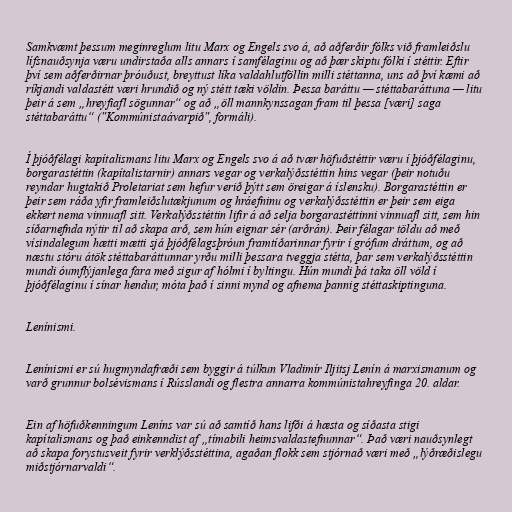
Samkvæmt þessum meginreglum litu Marx og Engels svo á, að aðferðir fólks við framleiðslu
lífsnauðsynja væru undirstaða alls annars í samfélaginu og að þær skiptu fólki í stéttir. Eftir
því sem aðferðirnar þróuðust, breyttust líka valdahlutföllin milli stéttanna, uns að því kæmi að
ríkjandi valdastétt væri hrundið og ný stétt tæki völdin. Þessa baráttu — stéttabaráttuna — litu
þeir á sem „hreyfiafl sögunnar“ og að „öll mannkynssagan fram til þessa [væri] saga
stéttabaráttu“ ("Kommúnistaávarpið", formáli).

Í þjóðfélagi kapítalismans litu Marx og Engels svo á að tvær höfuðstéttir væru í þjóðfélaginu,
borgarastéttin (kapítalistarnir) annars vegar og verkalýðsstéttin hins vegar (þeir notuðu
reyndar hugtakið Proletariat sem hefur verið þýtt sem öreigar á íslensku). Borgarastéttin er
þeir sem ráða yfir framleiðslutækjunum og hráefninu og verkalýðsstéttin er þeir sem eiga
ekkert nema vinnuafl sitt. Verkalýðsstéttin lifir á að selja borgarastéttinni vinnuafl sitt, sem hin
síðarnefnda nýtir til að skapa arð, sem hún eignar sér (arðrán). Þeir félagar töldu að með
vísindalegum hætti mætti sjá þjóðfélagsþróun framtíðarinnar fyrir í grófum dráttum, og að
næstu stóru átök stéttabaráttunnar yrðu milli þessara tveggja stétta, þar sem verkalýðsstéttin
mundi óumflýjanlega fara með sigur af hólmi í byltingu. Hún mundi þá taka öll völd í
þjóðfélaginu í sínar hendur, móta það í sinni mynd og afnema þannig stéttaskiptinguna.

Lenínismi.

Lenínismi er sú hugmyndafræði sem byggir á túlkun Vladimír Iljitsj Lenín á marxismanum og
varð grunnur bolsévismans í Rússlandi og flestra annarra kommúnistahreyfinga 20. aldar.

Ein af höfuðkenningum Leníns var sú að samtíð hans lifði á hæsta og síðasta stigi
kapítalismans og það einkenndist af „tímabili heimsvaldastefnunnar“. Það væri nauðsynlegt
að skapa forystusveit fyrir verklýðsstéttina, agaðan flokk sem stjórnað væri með „lýðræðislegu
miðstjórnarvaldi“.